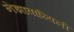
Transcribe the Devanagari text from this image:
नेझावाल्पिली